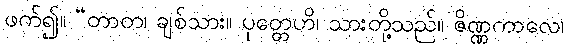
ဖက်၍။ “တာတ၊ ချစ်သား။ ပုတ္တေဟိ၊ သားတို့သည်။ ဇိဏ္ဏကာလေ၊